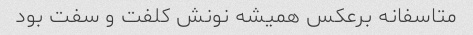
متاسفانه برعکس همیشه نونش کلفت و سفت بود